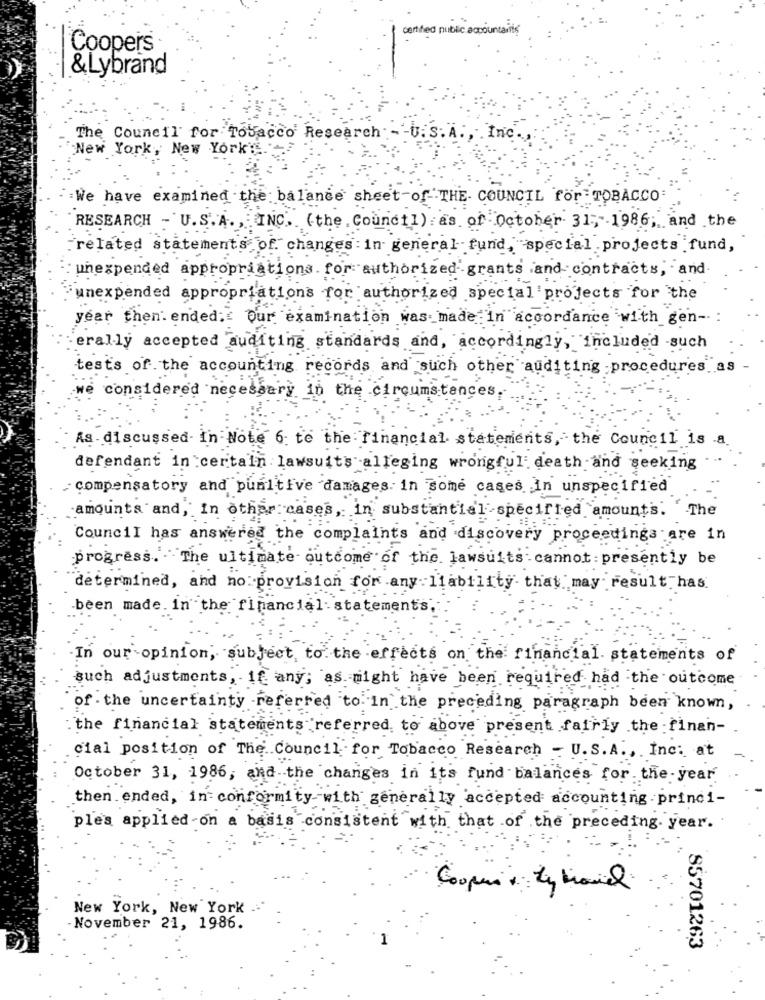
certified public accountairis
Coopers
& Lybrand
The Council for Tobacco Research :- - U. S. A ., Inc.
New York, New Yorky.
We have examined the balance sheet of THE COUNCIL for TOBACCO
RESEARCH - U.S.A. , INC. (the Council) as of October 31 ;- 1986, and the
related statements of. changes : in general fund, special projects fund,
unexpended appropriations for authorized grants and contracts, and
unexpended appropriations for authorized special projects for the
year then. ended :: our examination was made in accordance with gen-
erally accepted auditing standards and, accordingly, included such
tests of the accounting records and such other auditing procedures as
we considered necessary in the circumstances.
As discussed In Note 6: te the Financial statements, the Council is .a.
defendant in certain lawsuits alleging wrongful death and seeking
:compensatory and punitive damages in some cases In unspecified
amounts and, In other cases, in substantial specified amounts. The
Council has answered the complaints and discovery proceedings are in
progress. The ultimate outcome of the. lawsuits cannot: presently be
determined, and no provision for any liability that may result has.
been made. in the financial statement's .:
In our opinion, subject to the effects on the financial statements of
such adjustments, If any; as might have been required had the outcome
of . the uncertainty referred to in the preceding paragraph been known,
the financial statements referred to above present fairly the finan-
cial position of The Council for Tobacco Research - U.S.A ., Inc. at
October 31, 1986, and the changes in its fund balances for the year
then ended, in conformity with generally accepted accounting princi-
ples applied on a basis consistent with that of the preceding year .
New York, New York
November 21, 1986.
85701263